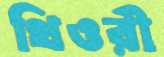
থিওরী